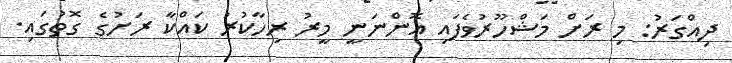
ދިއްގަރު: މި ރަށް މަޝްހޫރުވެފައި އޮންނަނީ މީރު ރިހާކުރު ކައްކާ ރަށުގެ ގޮތުގައި.